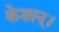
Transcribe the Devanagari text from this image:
केशान्।